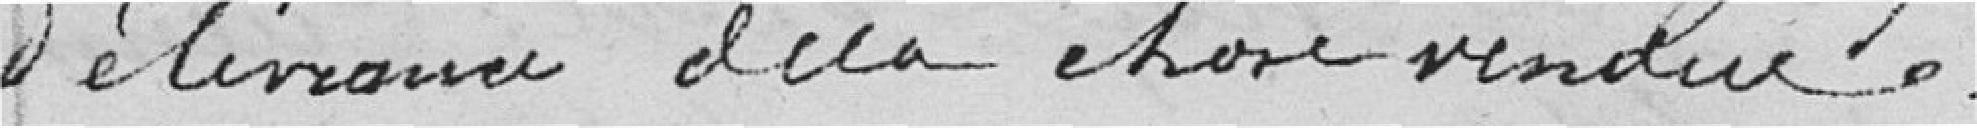
délivrance de la chose vendue.